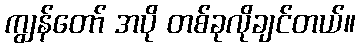
ကျွန်တော် အပို တစ်ခုလိုချင်တယ်။